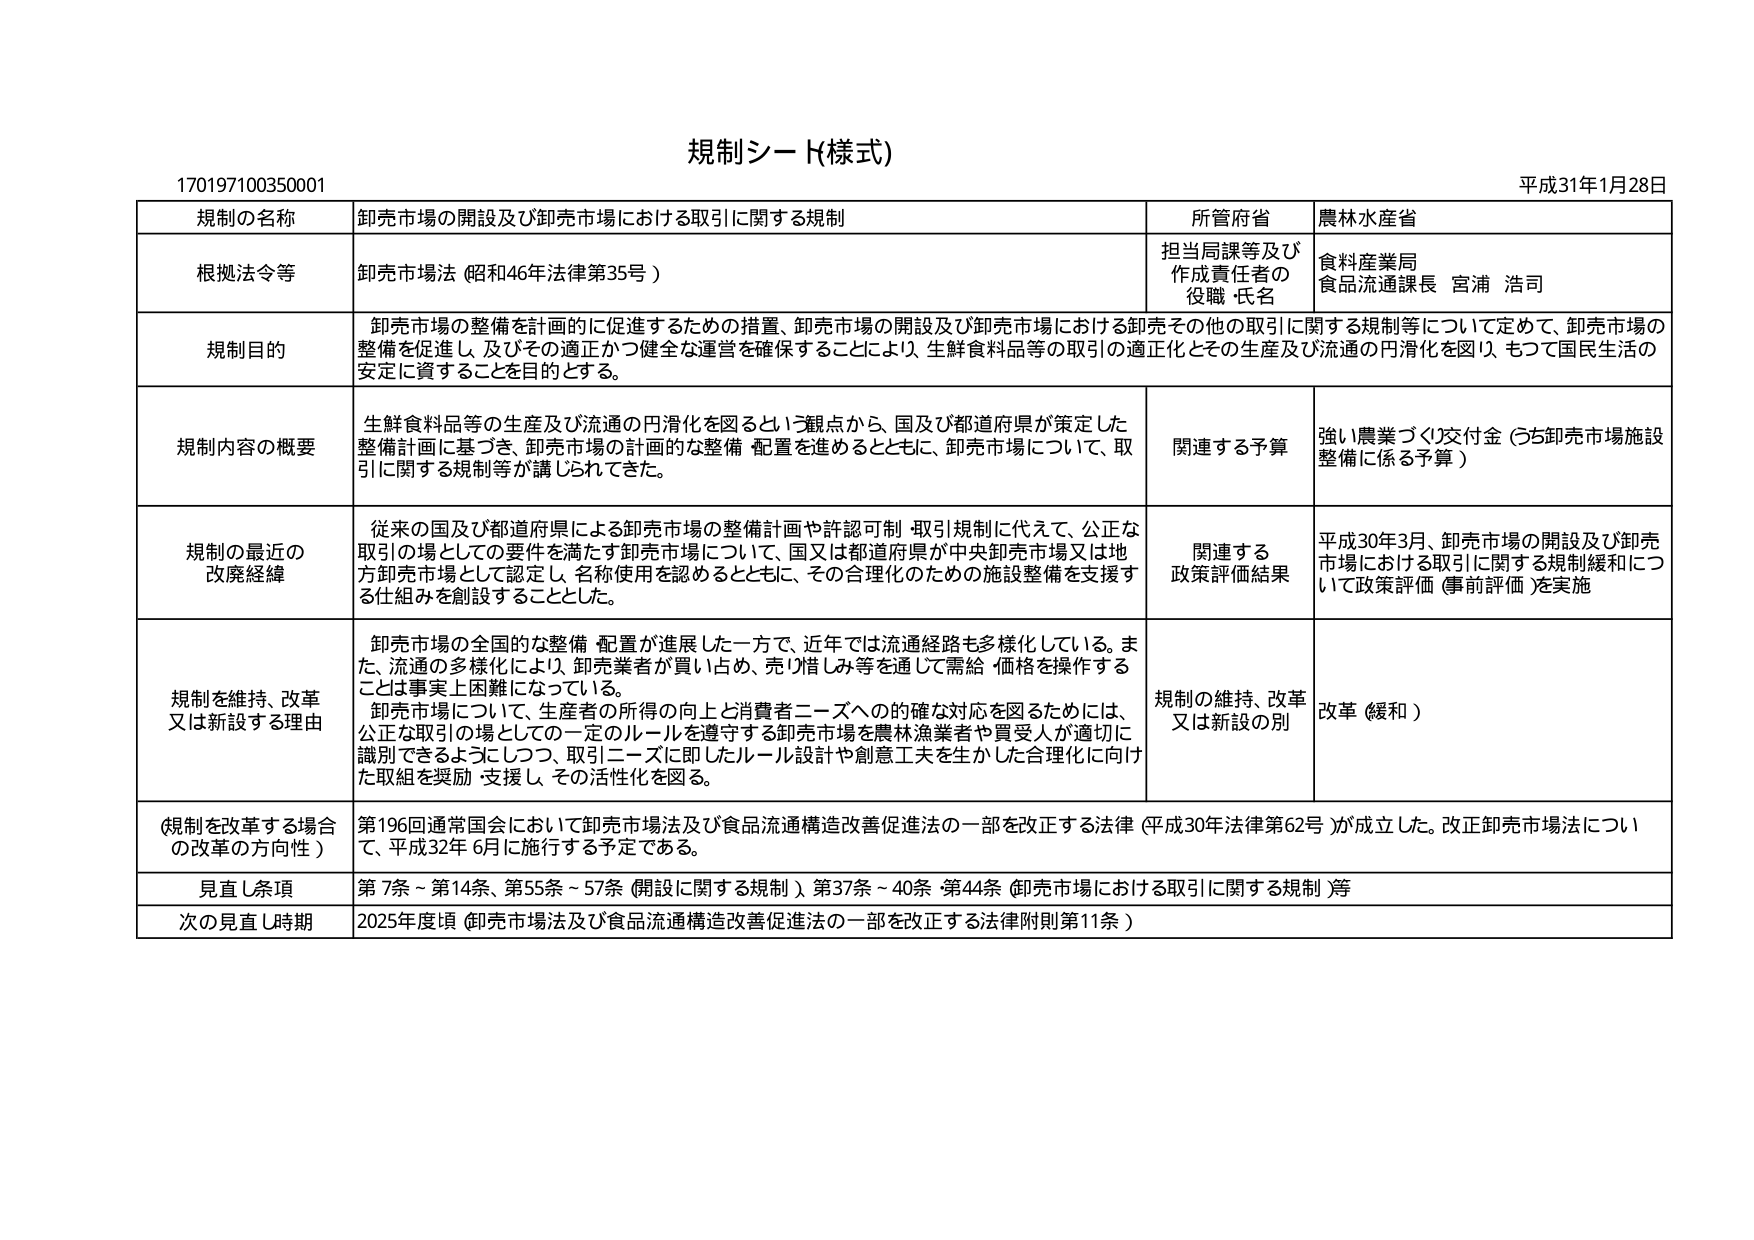
規制シート(様式)

170197100350001

平成31年1月28日

規制の名称　卸売市場の開設及び卸売市場における取引に関する規制

所管府省　農林水産省

根拠法令等　卸売市場法（昭和46年法律第35号）

担当局課等及び作成責任者の役職・氏名　食料産業局　食品流通課長　宮浦　浩司

規制目的　卸売市場の整備を計画的に促進するための措置、卸売市場の開設及び卸売市場における卸売その他の取引に関する規制等について定めて、卸売市場の整備を促進し、及びその適正かつ健全な運営を確保することにより、生鮮食料品等の取引の適正化とその生産及び流通の円滑化を図り、もって国民生活の安定に資することを目的とする。

規制内容の概要　生鮮食料品等の生産及び流通の円滑化を図るという観点から、国及び都道府県が策定した整備計画に基づき、卸売市場の計画的な整備・配置を進めるとともに、卸売市場について、取引に関する規制等が講じられてきた。

関連する予算　強い農業づくり交付金（うち卸売市場施設整備に係る予算）

規制の最近の改廃経緯　従来の国及び都道府県による卸売市場の整備計画や許認可制・取引規制に代えて、公正な取引の場としての要件を満たす卸売市場について、国又は都道府県が中央卸売市場又は地方卸売市場として認定し、名称使用を認めるとともに、その合理化のための施設整備を支援する仕組みを創設することとした。

関連する政策評価結果　平成30年3月、卸売市場の開設及び卸売市場における取引に関する規制緩和について政策評価（事前評価）を実施

規制を維持、改革又は新設する理由　卸売市場の全国的な整備・配置が進展した一方で、近年では流通経路も多様化している。また、流通の多様化により、卸売業者が買い占め、売り惜しみ等を通じて需給・価格を操作することは事実上困難になっている。卸売市場について、生産者の所得の向上と消費者ニーズへの的確な対応を図るためには、公正な取引の場としての一定のルールを遵守する卸売市場を農林漁業者や買受人が適切に識別できるようにしつつ、取引ニーズに即したルール設計や創意工夫を生かした合理化に向けた取組を奨励・支援し、その活性化を図る。

規制の維持、改革又は新設の別　改革（緩和）

（規制を改革する場合の改革の方向性）　第196回通常国会において卸売市場法及び食品流通構造改善促進法の一部を改正する法律（平成30年法律第62号）が成立した。改正卸売市場法について、平成32年6月に施行する予定である。

見直し条項　第7条～第14条、第55条～57条（開設に関する規制）、第37条～40条、第44条（卸売市場における取引に関する規制）等

次の見直し時期　2025年度頃（卸売市場法及び食品流通構造改善促進法の一部を改正する法律附則第11条）